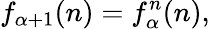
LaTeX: f_{\alpha+1}(n)=f_{\alpha}^{n}(n),